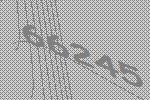
66245